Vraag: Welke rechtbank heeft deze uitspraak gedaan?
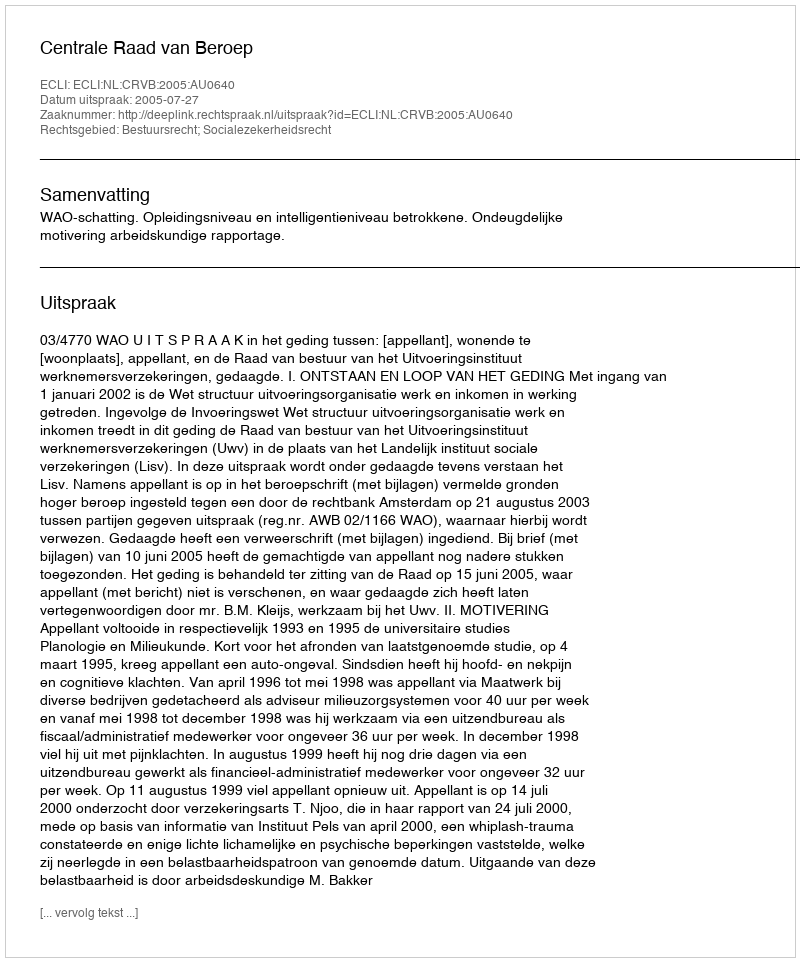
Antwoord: Centrale Raad van Beroep